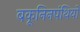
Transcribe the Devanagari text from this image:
बकूनिनपंथियों